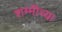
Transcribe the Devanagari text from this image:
शम्मीच्या